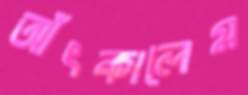
আঁৎকালেম